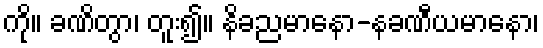
ကို။ ခဏိတွာ၊ တူး၍။ နိခညမာနော-နခဏီယမာနော၊